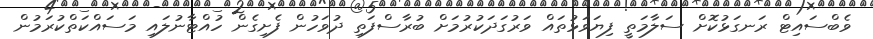
ވެބްސައިޓް ރަނގަޅުކޮށް ސަލާމަތީ ފިޔަވަޅުތައް ވަރުގަދަކުރުމަށް ބުރާސްފަތި ދުވަހުން ފެށިގެން ހުއްޓާނުލައި މަސައްކަތްކުރަމުން